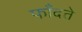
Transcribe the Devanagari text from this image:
फाँदते